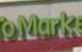
Dink